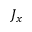
J _ { x }